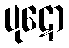
ပုဋော